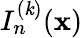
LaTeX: I_{n}^{(\mathit{k})}({\mathbf{x}})